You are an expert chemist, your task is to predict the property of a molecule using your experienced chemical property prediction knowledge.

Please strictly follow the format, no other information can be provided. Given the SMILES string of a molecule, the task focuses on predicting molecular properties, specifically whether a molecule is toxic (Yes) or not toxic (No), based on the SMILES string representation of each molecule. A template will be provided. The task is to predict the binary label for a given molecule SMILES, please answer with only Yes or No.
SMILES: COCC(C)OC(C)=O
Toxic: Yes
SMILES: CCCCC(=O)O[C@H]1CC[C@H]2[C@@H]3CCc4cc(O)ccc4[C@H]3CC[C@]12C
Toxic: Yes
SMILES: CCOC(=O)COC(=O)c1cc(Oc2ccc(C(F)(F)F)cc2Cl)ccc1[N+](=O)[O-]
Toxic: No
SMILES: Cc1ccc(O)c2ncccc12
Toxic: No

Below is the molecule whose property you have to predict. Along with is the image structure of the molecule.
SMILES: CCCCCCCCC(=O)OCC
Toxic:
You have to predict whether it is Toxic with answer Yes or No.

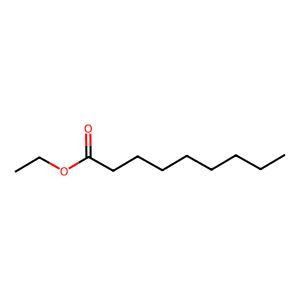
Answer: No